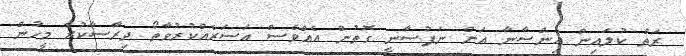
ރަތް ކުލައިން އިންސާނާ އަށް ނަފުސާނީ ގޮތުން އެއްވެސް އަސަރެއްކުރުވާތޯ ދިރާސާކުރާ މީހުން